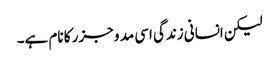
لیکن انسانی زندگی اسی مد و جزر کا نام ہے۔